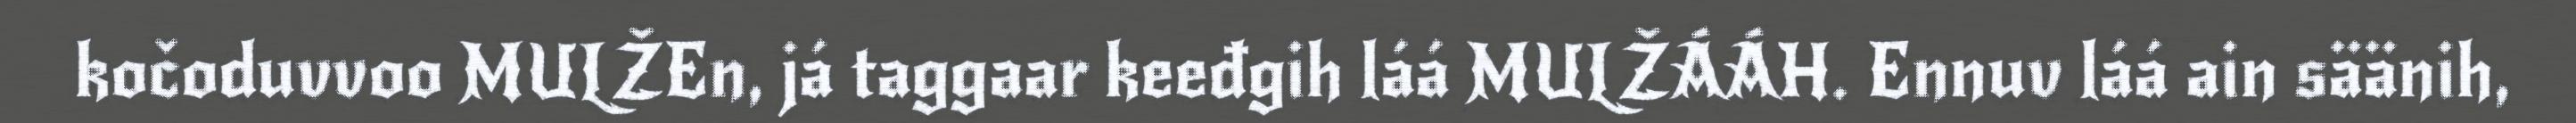
kočoduvvoo MULŽEn, já taggaar keeđgih láá MULŽÁÁH. Ennuv láá ain säänih,